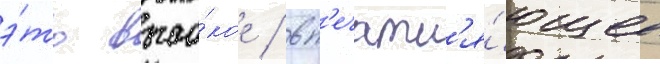
э́то высо́кое / вп'ечатл'я́ющее